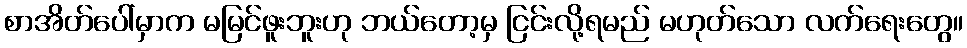
စာအိတ်ပေါ်မှာက မမြင်ဖူးဘူးဟု ဘယ်တော့မှ ငြင်းလို့ရမည် မဟုတ်သော လက်ရေးတွေ။